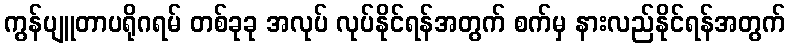
ကွန်ပျူတာပရိုဂရမ် တစ်ခုခု အလုပ် လုပ်နိုင်ရန်အတွက် စက်မှ နားလည်နိုင်ရန်အတွက်